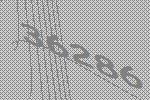
36286